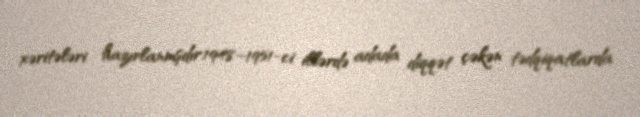
xəritələri hazırlanmşdır.1948–1951-ci illərdə adada diqqət çəkən tədqiqatlarda